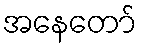
အနေတော်